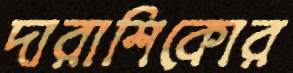
দারাশিকোর